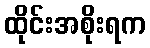
ထိုင်းအစိုးရက